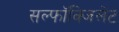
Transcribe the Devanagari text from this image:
सल्फॉक्जिलेट